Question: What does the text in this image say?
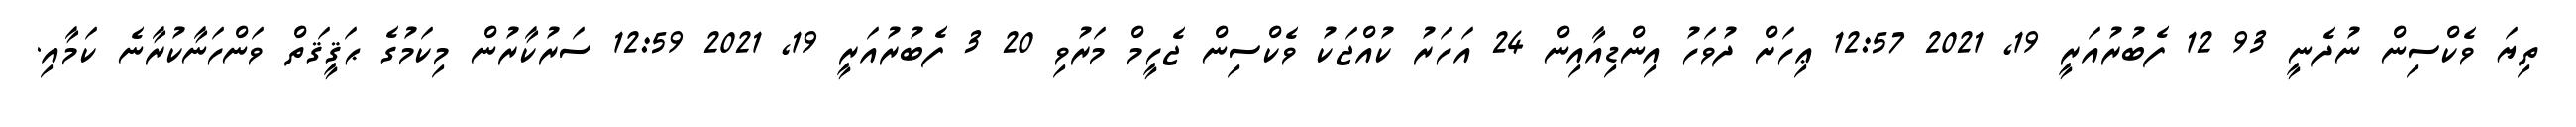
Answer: ތިޔަ ވެކްސިން ނުދެނީ 93 12 ފެބުރުއަރީ 19, 2021 12:57 ޢިހަށް ދުވަހު އިންޑިއާއިން 24 އަހަރު ކުއްޖަކު ވެކްސިން ޖެހީމް މަރުވި 20 3 ފެބުރުއަރީ 19, 2021 12:59 ސަރުކާރުން މިކަމުގެ ޙަޤީޤަތް ވަންހަނާކުރާނެ ކަމާއި.